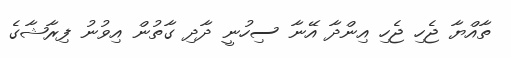
ތާއްޔާ ޖެހި ޖެހި އިންދާ އޭނާ ސިހުނީ ދާދި ގާތުން އިވުނު ފިރާޝާގެ